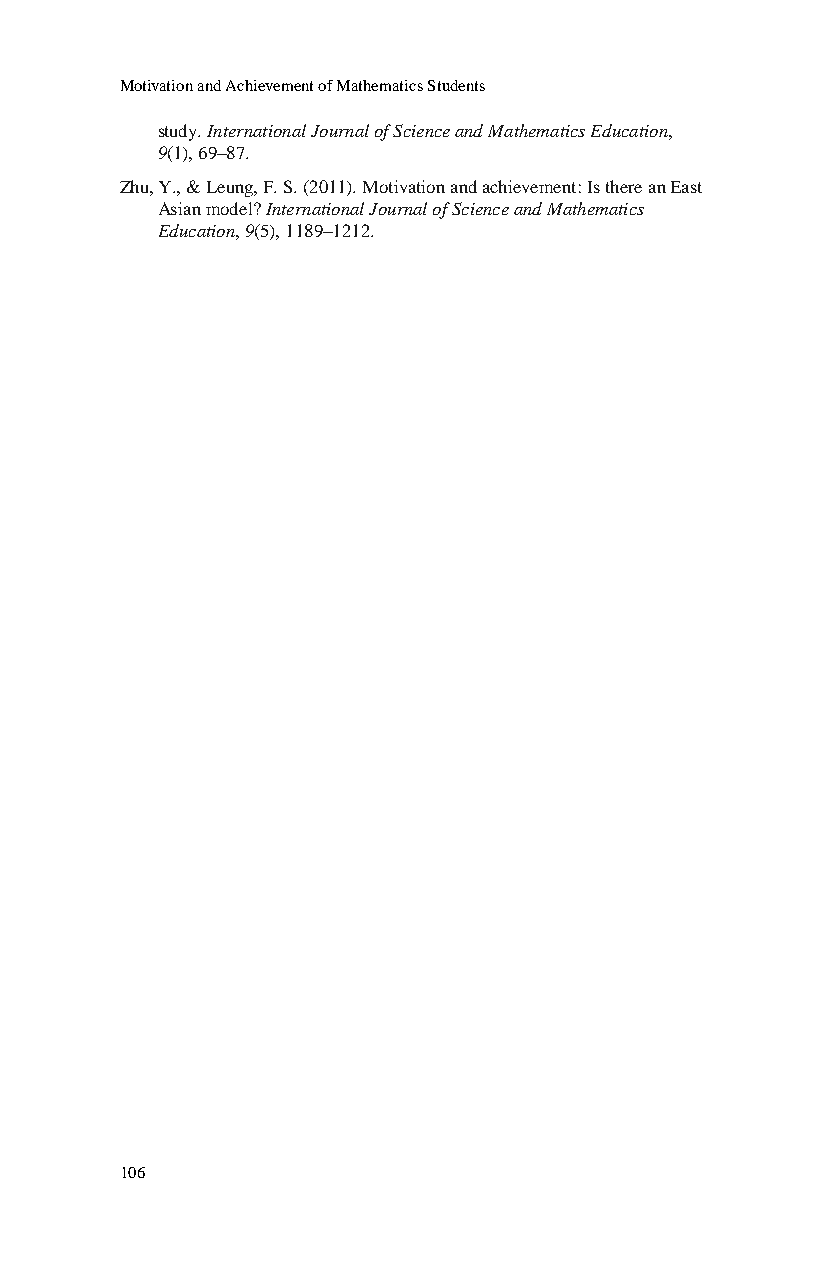
Motivation and Achievement of Mathematics Students
 study. International Journal of Science and Mathematics Education,
 9(1), 69–87.
 Zhu, Y., & Leung, F. S. (2011). Motivation and achievement: Is there an East
 Asian model? International Journal of Science and Mathematics
 Education, 9(5), 1189–1212.
 106